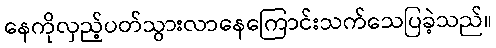
နေကိုလှည့်ပတ်သွားလာနေကြောင်းသက်သေပြခဲ့သည်။